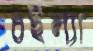
চইল্যা